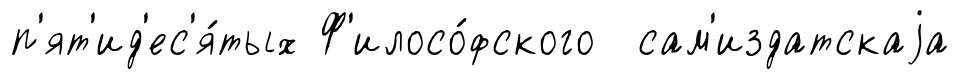
п'ят'ид'ес'я́тых Ф'илосо́фского сам'издатскаjа